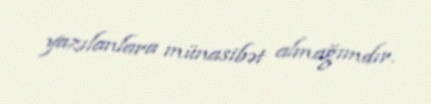
yazılanlara münasibət almağımdır.